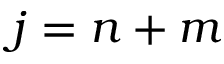
j = n + m